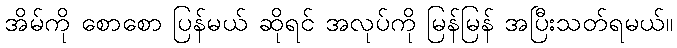
အိမ်ကို စောစော ပြန်မယ် ဆိုရင် အလုပ်ကို မြန်မြန် အပြီးသတ်ရမယ်။